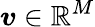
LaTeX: \boldsymbol{v}\in\mathbb{R}^{M}